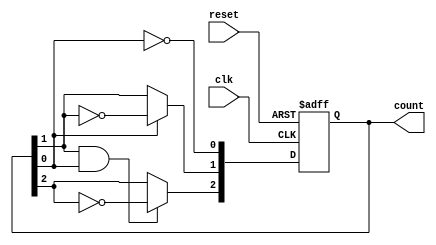
module async_counter (
    input wire clk,          // Clock input
    input wire reset,        // Asynchronous reset input
    output reg [n-1:0] count // Counter output (n bits)
);
    parameter n = 3; // Number of flip-flops (adjust as needed)

    // Asynchronous reset and counter logic
    always @(posedge clk or posedge reset) begin
        if (reset) begin
            count <= 0; // Reset count to 0
        end else begin
            count[0] <= ~count[0]; // Toggle LSB
            // Toggle the next flip-flops based on the previous flip-flop's output
            count[1] <= count[0] ? ~count[1] : count[1];
            count[2] <= count[1] & count[0] ? ~count[2] : count[2];
            // Extend this pattern for more flip-flops if n > 3
        end
    end
endmodule